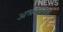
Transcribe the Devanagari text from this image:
अभंगात्मक